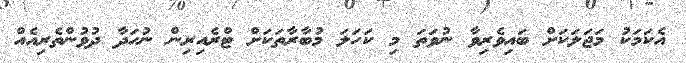
އެކަމަކު މަޖަލަކަށް ބައިވެރިވާ ނުވަތަ މި ކަހަލަ މުބާރާތަކަށް ޓްރެއިރިން ނުހަދާ ދުވުންތެރިއެއް